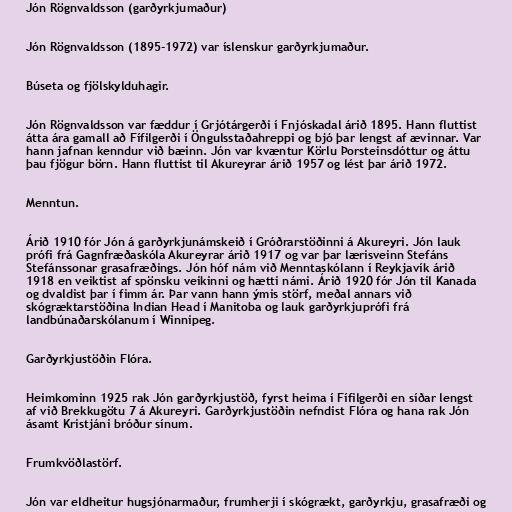
Jón Rögnvaldsson (garðyrkjumaður)

Jón Rögnvaldsson (1895-1972) var íslenskur garðyrkjumaður.

Búseta og fjölskylduhagir.

Jón Rögnvaldsson var fæddur í Grjótárgerði í Fnjóskadal árið 1895. Hann fluttist
átta ára gamall að Fífilgerði í Öngulsstaðahreppi og bjó þar lengst af ævinnar. Var
hann jafnan kenndur við bæinn. Jón var kvæntur Körlu Þorsteinsdóttur og áttu
þau fjögur börn. Hann fluttist til Akureyrar árið 1957 og lést þar árið 1972.

Menntun.

Árið 1910 fór Jón á garðyrkjunámskeið í Gróðrarstöðinni á Akureyri. Jón lauk
prófi frá Gagnfræðaskóla Akureyrar árið 1917 og var þar lærisveinn Stefáns
Stefánssonar grasafræðings. Jón hóf nám við Menntaskólann í Reykjavík árið
1918 en veiktist af spönsku veikinni og hætti námi. Árið 1920 fór Jón til Kanada
og dvaldist þar í fimm ár. Þar vann hann ýmis störf, meðal annars við
skógræktarstöðina Indian Head í Manitoba og lauk garðyrkjuprófi frá
landbúnaðarskólanum í Winnipeg.

Garðyrkjustöðin Flóra.

Heimkominn 1925 rak Jón garðyrkjustöð, fyrst heima í Fífilgerði en síðar lengst
af við Brekkugötu 7 á Akureyri. Garðyrkjustöðin nefndist Flóra og hana rak Jón
ásamt Kristjáni bróður sínum.

Frumkvöðlastörf.

Jón var eldheitur hugsjónarmaður, frumherji í skógrækt, garðyrkju, grasafræði og